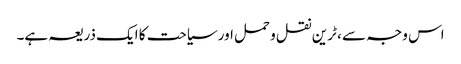
اس وجہ سے ، ٹرین نقل و حمل اور سیاحت کا ایک ذریعہ ہے۔